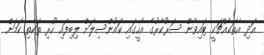
އަދި އެތަކެއްޗަކީ ޓައިވާން ސަރުކާރުގެ އެހީގައި ކައުންސިލަށް ލިބިފައި ހުރި ތަކެތި ކަމަށް